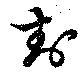
卦